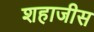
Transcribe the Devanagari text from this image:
शहाजीस